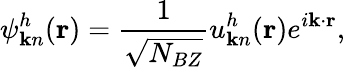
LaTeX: \psi_{{\mathbf k}n}^{h}({\mathbf r})=\frac{1}{\sqrt{N_{BZ}}}u_{{\mathbf k}n}^{h}({\mathbf r})e^{i{\mathbf k}\cdot{\mathbf r}},